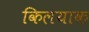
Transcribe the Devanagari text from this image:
किलयाक